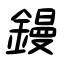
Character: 鏝